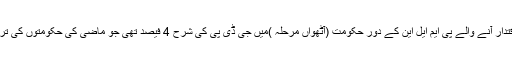
اس کے بعد برسر اقتدار آنے والے پی ایم ایل این کے دور حکومت (آٹھواں مرحلہ )میں جی ڈی پی کی شرح 4 فیصد تھی جو ماضی کی حکومتوں کی ترقی سے کم ہی رہی۔